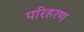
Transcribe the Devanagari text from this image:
परिहरण